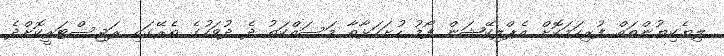
ލިޔެކިޔުންތައް ފުރިހަމަކޮށް އެޕްލިކޭޝަން ފޯމު ހުށަހަޅާތާ މަސައްކަތު ދެ ދުވަހުގެ ތެރޭގައި ރަޖިސްޓަރީކޮށްދެ